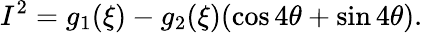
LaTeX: I^{2}=g_{1}(\xi)-g_{2}(\xi)(\cos 4\theta+\sin 4\theta).